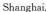
Shanghai.